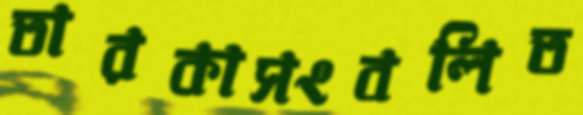
তারকাসংবলিত